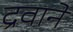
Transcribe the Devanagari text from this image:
द्रवाने